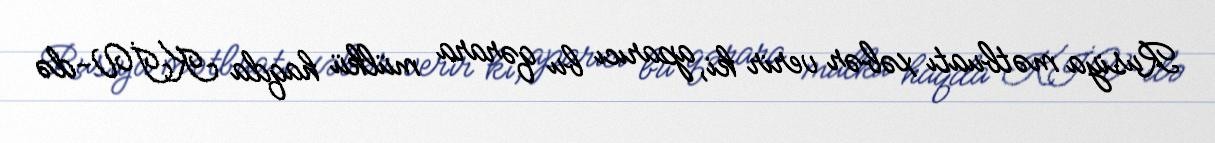
Rusiya mətbuatı xəbər verir ki, aparıcı bu qərara mülkü haqda KİV-də